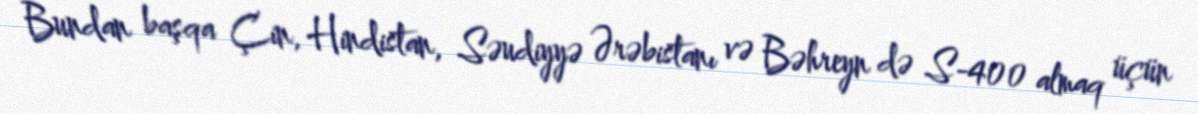
Bundan başqa Çin, Hindistan, Səudiyyə Ərəbistanı və Bəhreyn də S-400 almaq üçün